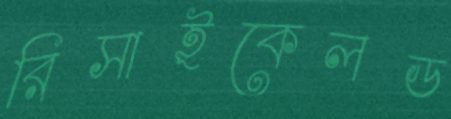
রিসাইকেলড